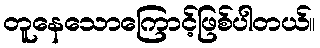
တူနေသောကြောင့်ဖြစ်ပါတယ်။